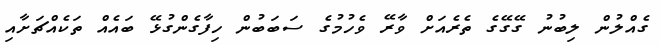
ގެއްލުން ލިބުނު ގޭގޭގެ ތެރެއަށް ވާރޭ ވެހުމުގެ ސަބަބުން ހިފާގެންގުޅޭ ބައެއް ތަކެއްޗަށާއި